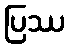
ပြဿ